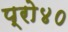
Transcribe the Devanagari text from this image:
प्रो४०